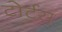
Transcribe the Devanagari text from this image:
टोर्टस्